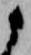
候